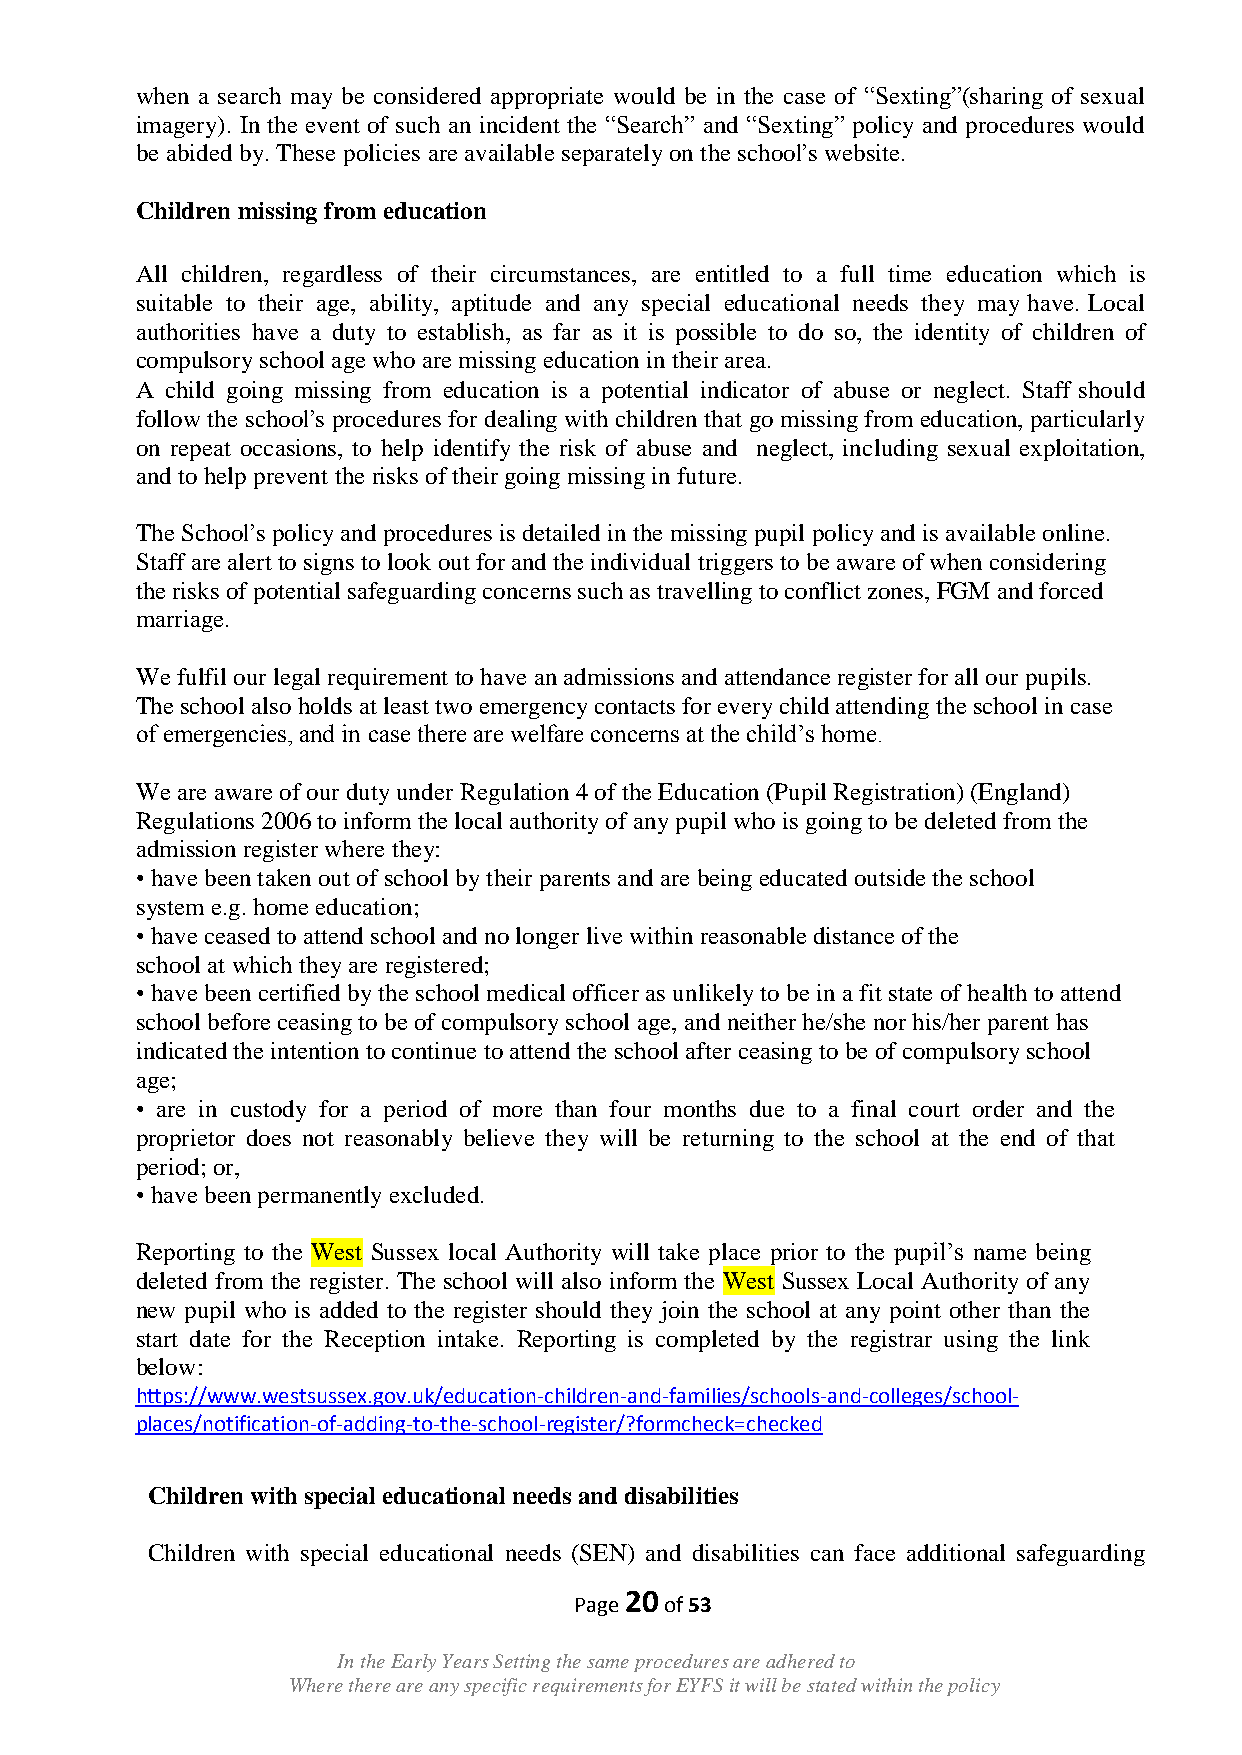
when a search may be considered appropriate would be in the case of “Sexting”(sharing of sexual
 imagery). In the event of such an incident the “Search” and “Sexting” policy and procedures would
 be abided by. These policies are available separately on the school‟s website.
 Children missing from education
 All children, regardless of their circumstances, are entitled to a full time education which is
 suitable to their age, ability, aptitude and any special educational needs they may have. Local
 authorities have a duty to establish, as far as it is possible to do so, the identity of children of
 compulsory school age who are missing education in their area.
 A child going missing from education is a potential indicator of abuse or neglect. Staff should
 follow the school‟s procedures for dealing with children that go missing from education, particularly
 on repeat occasions, to help identify the risk of abuse and neglect, including sexual exploitation,
 and to help prevent the risks of their going missing in future.
 The School‟s policy and procedures is detailed in the missing pupil policy and is available online.
 Staff are alert to signs to look out for and the individual triggers to be aware of when considering
 the risks of potential safeguarding concerns such as travelling to conflict zones, FGM and forced
 marriage.
 We fulfil our legal requirement to have an admissions and attendance register for all our pupils.
 The school also holds at least two emergency contacts for every child attending the school in case
 of emergencies, and in case there are welfare concerns at the child‟s home.
 We are aware of our duty under Regulation 4 of the Education (Pupil Registration) (England)
 Regulations 2006 to inform the local authority of any pupil who is going to be deleted from the
 admission register where they:
 • have been taken out of school by their parents and are being educated outside the school
 system e.g. home education;
 • have ceased to attend school and no longer live within reasonable distance of the
 school at which they are registered;
 • have been certified by the school medical officer as unlikely to be in a fit state of health to attend
 school before ceasing to be of compulsory school age, and neither he/she nor his/her parent has
 indicated the intention to continue to attend the school after ceasing to be of compulsory school
 age;
 • are in custody for a period of more than four months due to a final court order and the
 proprietor does not reasonably believe they will be returning to the school at the end of that
 period; or,
 • have been permanently excluded.
 Reporting to the West Sussex local Authority will take place prior to the pupil‟s name being
 deleted from the register. The school will also inform the West Sussex Local Authority of any
 new pupil who is added to the register should they join the school at any point other than the
 start date for the Reception intake. Reporting is completed by the registrar using the link
 below:
 https://www.westsussex.gov.uk/education-children-and-families/schools-and-colleges/school-
 places/notification-of-adding-to-the-school-register/?formcheck=checked
 Children with special educational needs and disabilities
 Children with special educational needs (SEN) and disabilities can face additional safeguarding
 20
 Page  of 53
 In the Early Years Setting the same procedures are adhered to
 Where there are any specific requirements for EYFS it will be stated within the policy